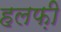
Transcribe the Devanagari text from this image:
हलफ़ी